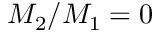
M _ { 2 } / M _ { 1 } = 0